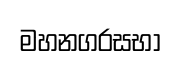
මහනගරසභා